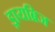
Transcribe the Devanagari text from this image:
ड्रायब्रिज